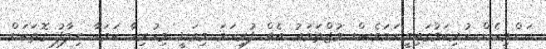
ކަންމިހެން ހުރިކަމުގައިވީނަމަވެސް މުޖްތަމަޢު އެއް ފުރިހަމަ މިވަނީ މިހުރިހާ ކަމަކާ ޙިލާފު ގޮތަކަށް